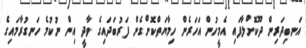
އަނބިދަރިން ދޫކޮށްލާފައި އެމީހުން އަހަރެން ހިމާޔަތްކޮށްގެން ފަރުބަދައިގެ ވާދީ އިން ނުކުމެ ހަނގުރާމައިގެ